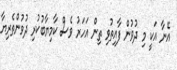
އޭނާ އަކީ މި ދުވުން ފާއިތުވި ތިން އަހަރު ވެސް ކާމިޔާބުކުރި ދުވުންތެރިޔާ